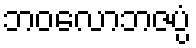
ဘဝလောဘဇပ္ပံ